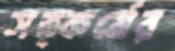
সত্কর্মের